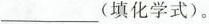
___(填化学式)。